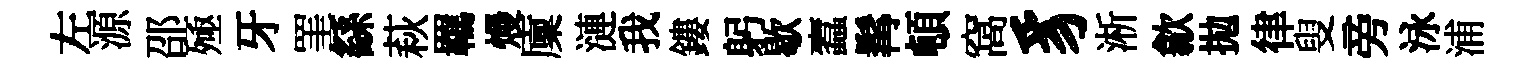
左源邵殛牙罣繇萩羈熳廩漣我鏤躬歇蠧髯頓窩豸淅歙拋律叟旁泳浦